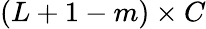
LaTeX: (L+1-m)\times C